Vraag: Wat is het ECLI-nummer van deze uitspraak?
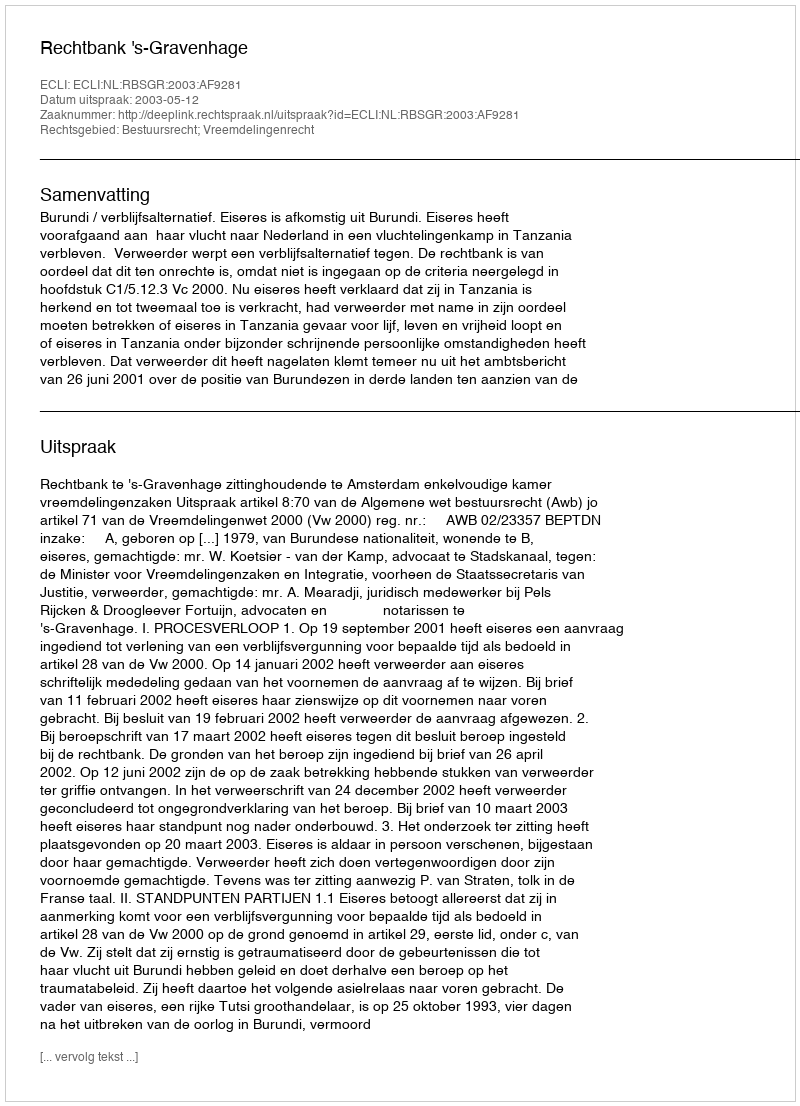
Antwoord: ECLI:NL:RBSGR:2003:AF9281